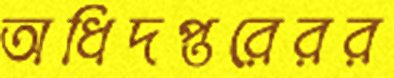
অধিদপ্তরেরর